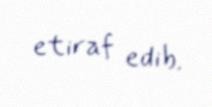
etiraf edib.